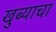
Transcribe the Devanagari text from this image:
खुब्याचा